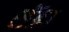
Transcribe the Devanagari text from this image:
सेंडा